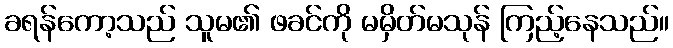
ခရန်ကော့သည် သူမ၏ ဖခင်ကို မမှိတ်မသုန် ကြည့်နေသည်။